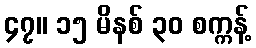
၄၇။ ၁၅ မိနစ် ၃၀ စက္ကန့်